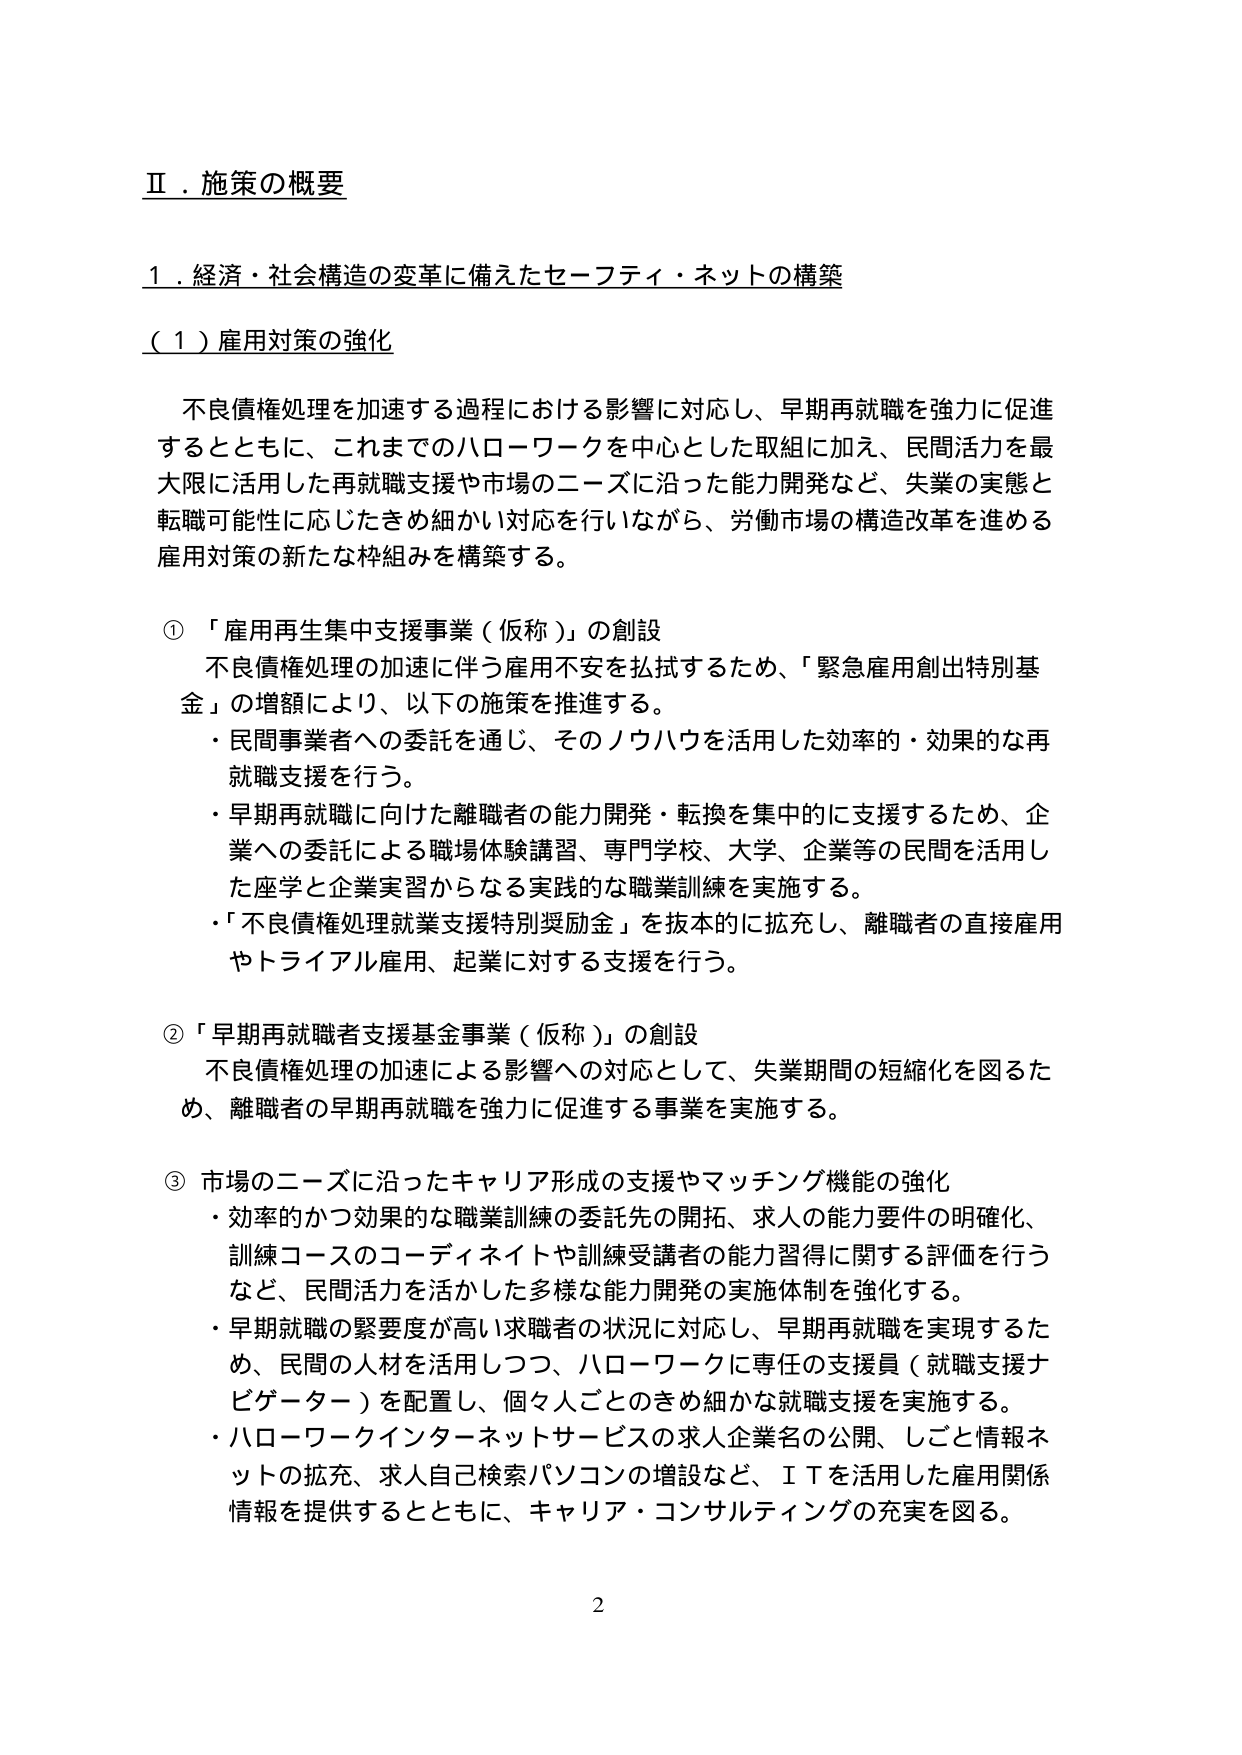
Ⅱ．施策の概要

１．経済・社会構造の変革に備えたセーフティ・ネットの構築

（１）雇用対策の強化

不良債権処理を加速する過程における影響に対応し、早期再就職を強力に促進するとともに、これまでのハローワークを中心とした取組に加え、民間活力を最大限に活用した再就職支援や市場のニーズに沿った能力開発など、失業の実態と転職可能性に応じたきめ細かい対応を行いながら、労働市場の構造改革を進める雇用対策の新たな枠組みを構築する。

①「雇用再生集中支援事業（仮称）」の創設
不良債権処理の加速に伴う雇用不安を払拭するため、「緊急雇用創出特別基金」の増額により、以下の施策を推進する。
・民間事業者への委託を通じ、そのノウハウを活用した効率的・効果的な再就職支援を行う。
・早期再就職に向けた離職者の能力開発・転換を集中的に支援するため、企業への委託による職場体験講習、専門学校、大学、企業等の民間を活用した座学と企業実習からなる実践的な職業訓練を実施する。
・「不良債権処理就業支援特別奨励金」を抜本的に拡充し、離職者の直接雇用やトライアル雇用、起業に対する支援を行う。

②「早期再就職者支援基金事業（仮称）」の創設
不良債権処理の加速による影響への対応として、失業期間の短縮化を図るため、離職者の早期再就職を強力に促進する事業を実施する。

③市場のニーズに沿ったキャリア形成の支援やマッチング機能の強化
・効率的かつ効果的な職業訓練の委託先の開拓、求人の能力要件の明確化、訓練コースのコーディネイトや訓練受講者の能力習得に関する評価を行うなど、民間活力を活かした多様な能力開発の実施体制を強化する。
・早期就職の緊要度が高い求職者の状況に対応し、早期再就職を実現するため、民間の人材を活用しつつ、ハローワークに専任の支援員（就職支援ナビゲーター）を配置し、個々人ごとのきめ細かな就職支援を実施する。
・ハローワークインターネットサービスの求人企業名の公開、しごと情報ネットの拡充、求人自己検索パソコンの増設など、ＩＴを活用した雇用関係情報を提供するとともに、キャリア・コンサルティングの充実を図る。

2